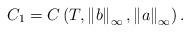
LaTeX: \begin{align*}C_{1}=C\left( T,\left\Vert b\right\Vert _{\infty },\left\Vert a\right\Vert_{\infty }\right) . \end{align*}